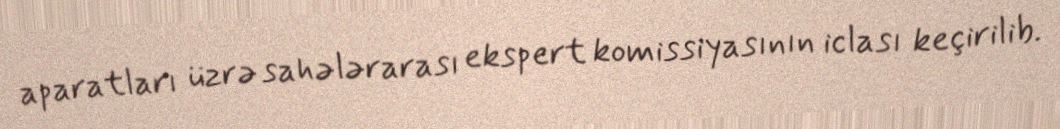
aparatları üzrə sahələrarası ekspert komissiyasının iclası keçirilib.